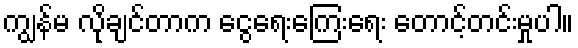
ကျွန်မ လိုချင်တာက ငွေရေးကြေးရေး တောင့်တင်းမှုပါ။